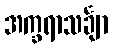
အက္ခရာသင်္ချာ